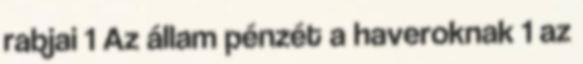
rabjai 1 Az állam pénzét a haveroknak 1 az